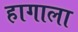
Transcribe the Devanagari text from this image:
हागाला